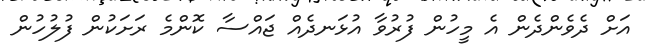
އަށް ދެވެންދެން އެ މީހުން ފުރުވާ އުޅަނދެއް ޖައްސާ ކޮންމެ ރަށަކުން ފުލުހުން